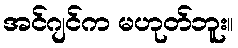
အင်ဂျင်က မဟုတ်ဘူး။